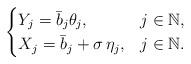
LaTeX: \begin{align*}\begin{cases} Y_j=\bar b_j \theta_j, & j \in \mathbb{N}, \\X_j= \bar b_j +\sigma \, \eta_j, & j \in \mathbb{N}.\end{cases}\end{align*}